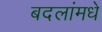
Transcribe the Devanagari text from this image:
बदलांमधे